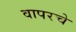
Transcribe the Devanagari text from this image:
वापरचे